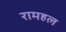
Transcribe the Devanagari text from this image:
रामहल